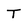
Character: T